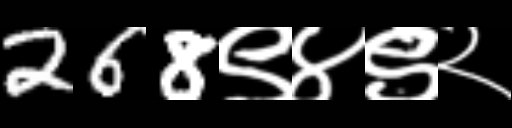
Text: 268९४९२